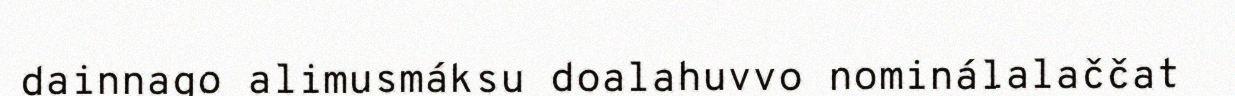
dainnago alimusmáksu doalahuvvo nominálalaččat